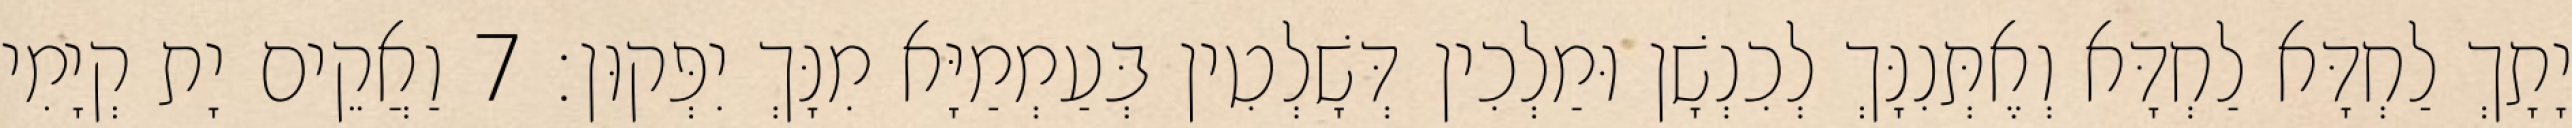
יָתָךְ לַחְדָּא לַחְדָּא וְאֶתְּנִנָּךְ לְכִנְשָׁן וּמַלְכִין דְּשָׁלְטִין בְּעַמְמַיָּא מִנָּךְ יִפְּקוּן׃ 7 וַאֲקֵים יָת קְיָמִי